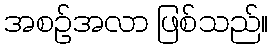
အစဉ်အလာ ဖြစ်သည်။